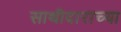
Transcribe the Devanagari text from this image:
साथीदाराच्या